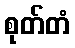
စုတ်တံ